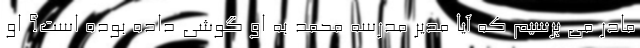
مادر می پرسیم که آیا مدیر مدرسه محمد به او گوشی داده بوده است؟ او